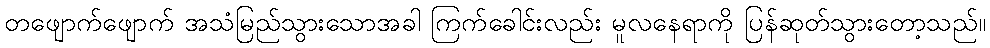
တဖျောက်ဖျောက် အသံမြည်သွားသောအခါ ကြက်ခေါင်းလည်း မူလနေရာကို ပြန်ဆုတ်သွားတော့သည်။